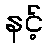
နင့်